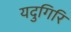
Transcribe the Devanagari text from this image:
यदुगिरि